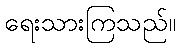
ရေးသားကြသည်။